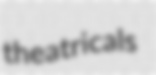
theatricals